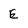
Character: E